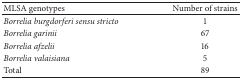
<table><thead><tr><td><b>MLSA genotypes</b></td><td><b>Number of strains</b></td></tr></thead><tbody><tr><td><i>Borrelia burgdorferi sensu stricto</i></td><td>1</td></tr><tr><td><i>Borrelia garinii</i></td><td>67</td></tr><tr><td><i>Borrelia afzelii</i></td><td>16</td></tr><tr><td><i>Borrelia valaisiana</i></td><td>5</td></tr><tr><td>Total</td><td>89</td></tr></tbody></table>